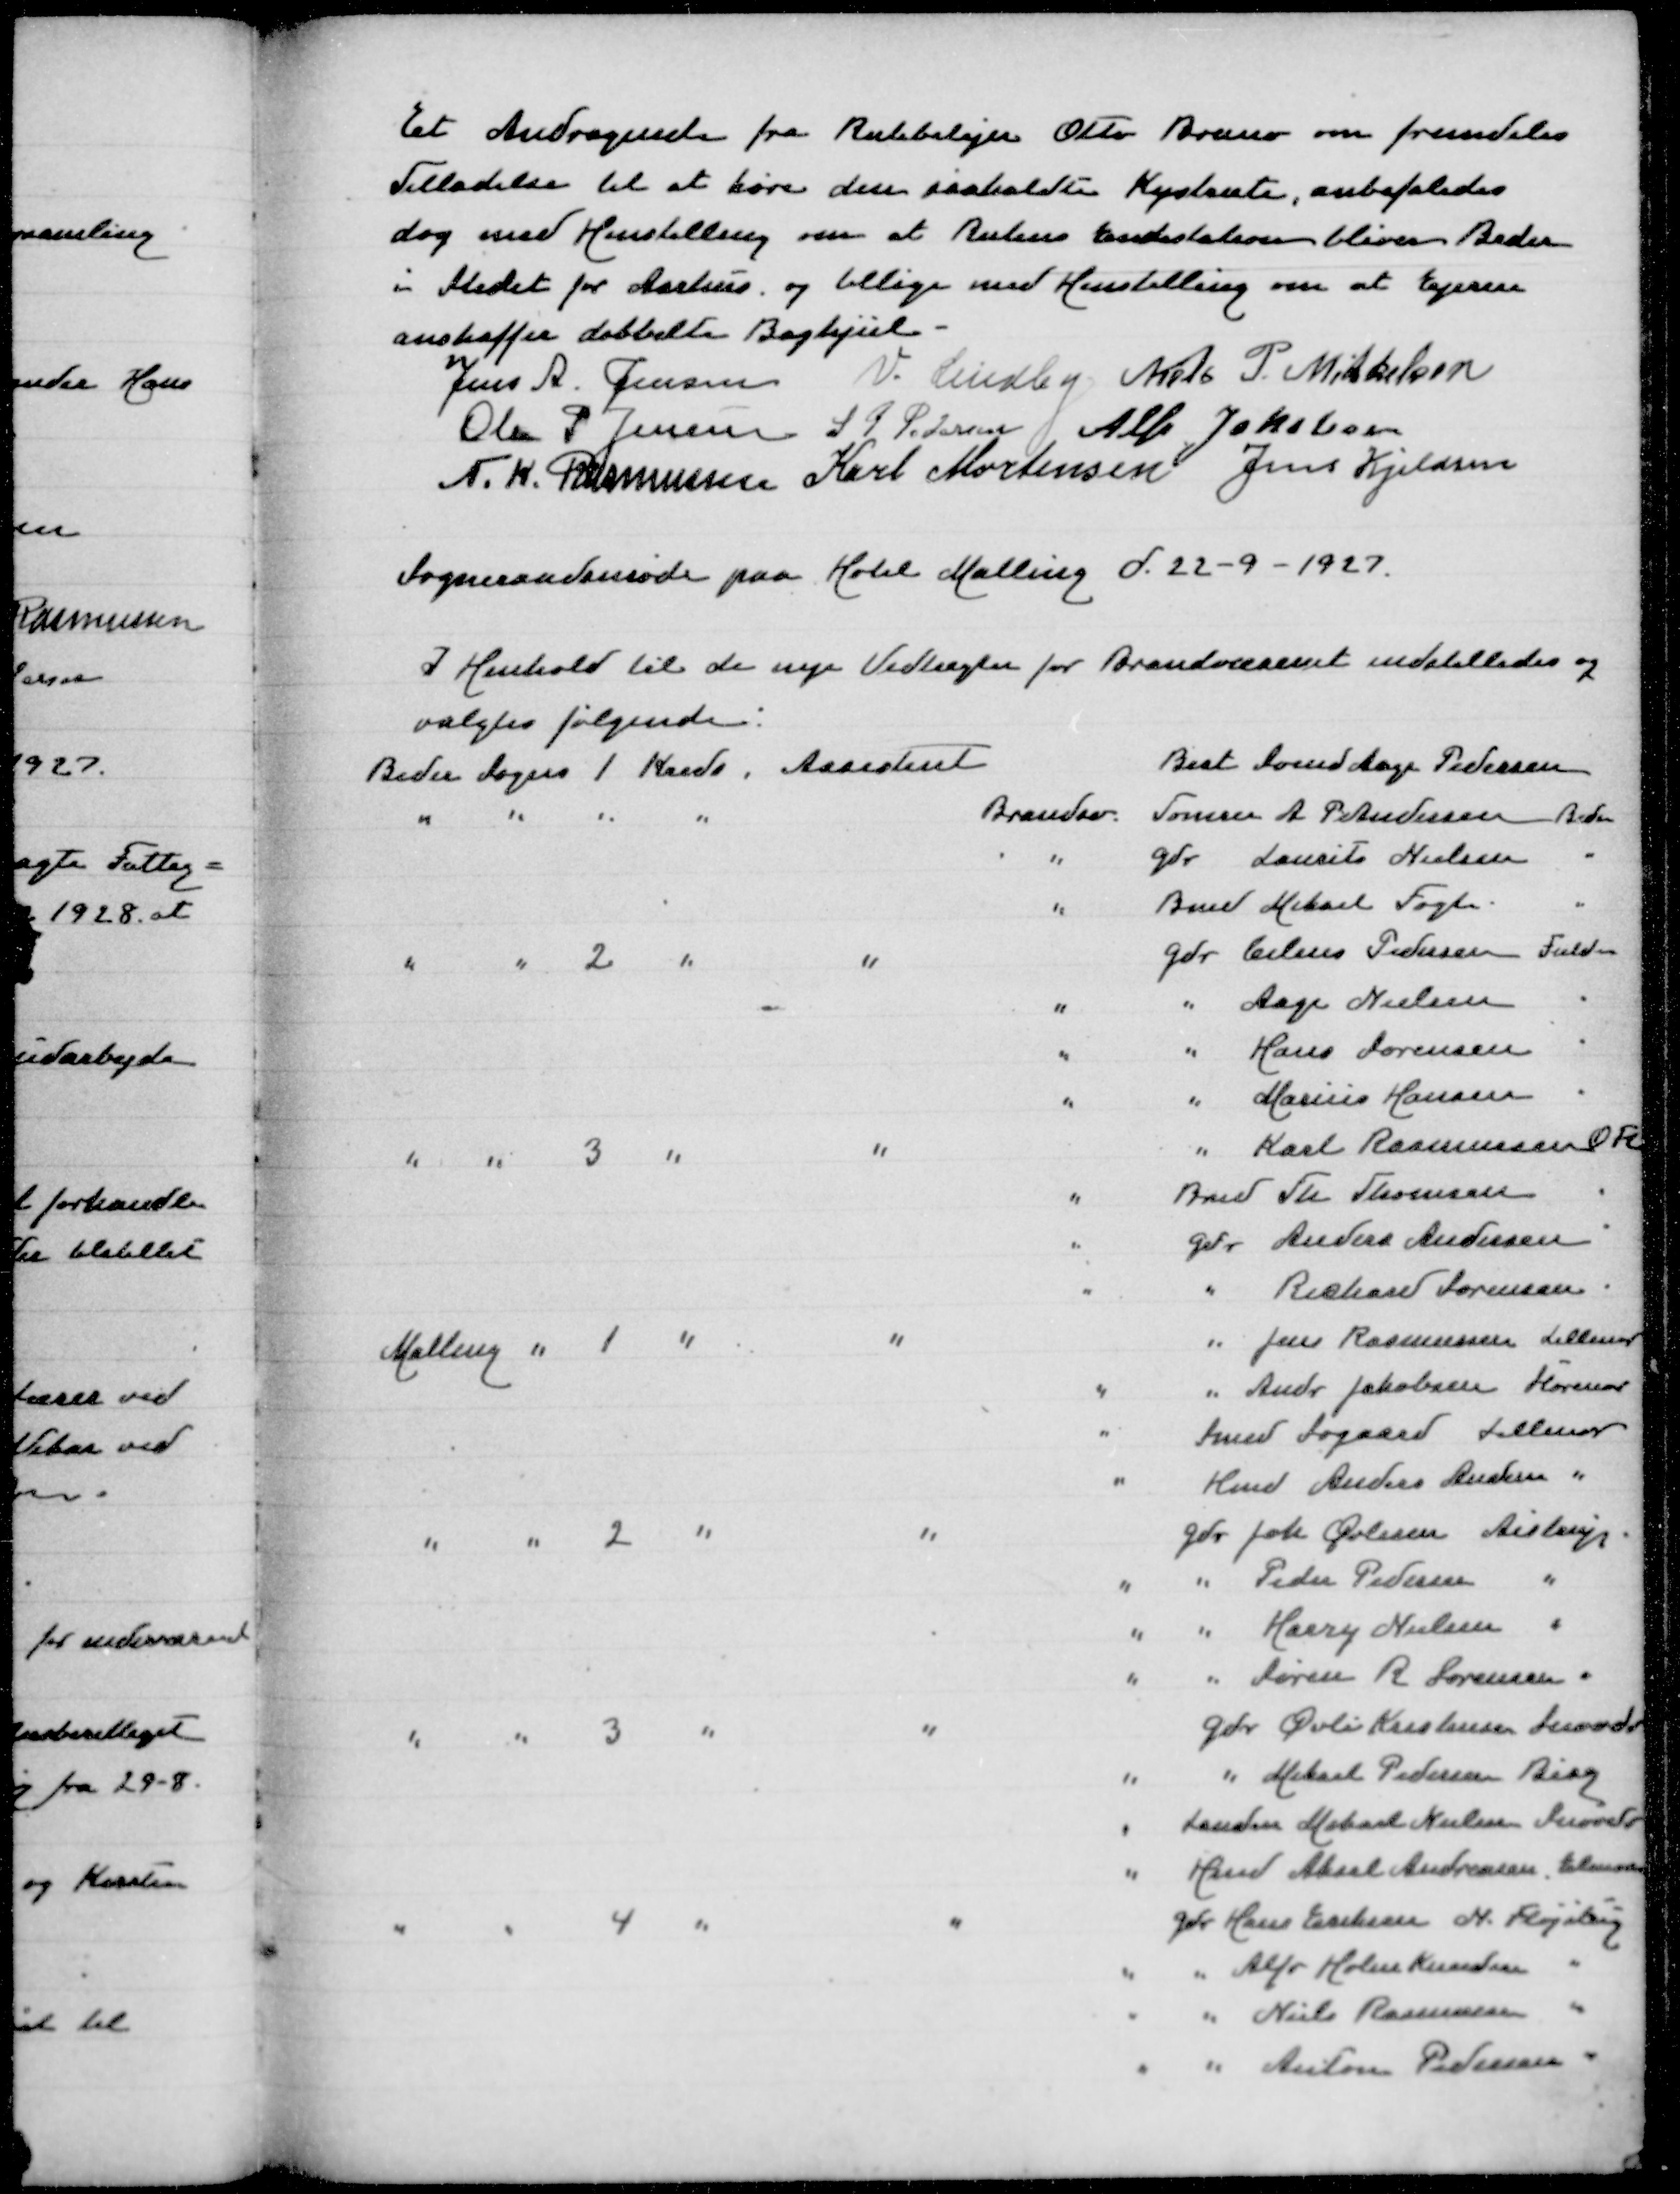
Transskription:
Et Andragende fra Rutebilejer Otto Bruno om fremdeles
Tilladelse til at køre den saakaldte Kystrute, anbefaledes
dog med Henstilling om at Rutens Endestation bliver Beder
i Stedet for Aarhus og tilligemed Henstilling om at Ejeren
anskaffer dobbelte Baghjul
Jens A Jensen
V Lindby
Niels P Mikkelsen
Ole P Jensen
S P Pedersen
Alfr Jakobsen
N K Rasmussen
Karl Mortensen
Jens Kjeldsen

Sogneraadsmøde paa Hotel Malling d 21-9-1927

I Henhold til de nye Vedtægter for Brandvæsenet indstilledes og
valgtes følgende:
Beder Sogns 1 Kreds, Assistent
Best Svend Aage Pedersen
" " " "
Brandsv Tømrer A P Andersen Beder
" Gdr Laurits Nielsen "
" Bmd Mikael Fogt "
" " 2 " Assistent
Gdr Claus Pedersen Fulden
" " Aage Nielsen "
" " Hans Sørensen
" " Marius Hansen
" " 3 " "
" Karl Rasmussen O Fl
" Bmd Th Thomasen "
" Gdr Anders Andersen "
" " Richard Sørensen "
Malling " 1 " "
" Jens Rasmussen Lillenor
" " Andr Jakobsen Storenor
" Smed Søgaard Lillenor
" Hmd Anders Andersen "
" " 2 " "
Gdr Joh Øvlien Aistrup
" " Peder Pedersen "
" " Harry Nielsen "
" " Søren R Sørensen "
" " 3 " "
Gdr Øvli Kristensen
" " Mikael Pedersen Bisg
" Landm Mikael Nielsen Snovdr
" Hmd Aksel Andreasen Elmose
" " 4 " "
Gdr Hans Eriksen N Fløjstrup
" " Alfr Holm Knudsen "
" " Niels Rasmussen "
" " Anton Pedersen "